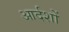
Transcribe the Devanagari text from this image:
आर्दशों